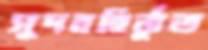
সুদবহির্ভূত